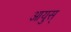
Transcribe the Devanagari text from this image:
आयुस्‌